Malaria in the Punjab - Number 46
Disease focus: Malaria
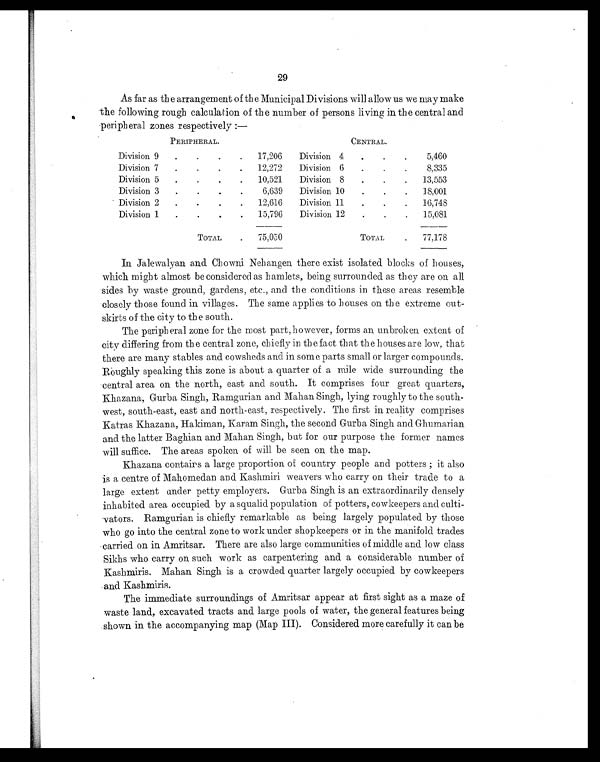
29
As far as the arrangement of the Municipal Divisions will allow us we may make
the following rough calculation of the number of persons living in the central and
peripheral zones respectively :—
PERIPHERAL.
CENTRAL.
Division 9
. .
.
.
17,206
Division 4
.
.
.
5,460
Division 7
. .
.
. 12,272
Division 6
.
.
.
8,335
Division 5
. .
.
. 10,521
Division 8
.
.
.
13,553
Division 3
. .
.
.
6 , 6 3 9 Division 10
.
.
.
18,001
Division 2
. .
.
.
12,616
Division 11
.
.
.
16,748
Division 1
.
.
.
.
15,796
Division 12
.
.
.
15,081
TOTAL
.
75,050
TOTAL
.
77,178
In Jalewalyan and Chowni Nehangen there exist isolated blocks of houses,
which might almost be considered as hamlets, being surrounded as they are on all
sides by waste ground, gardens, etc., and the conditions in those areas resemble
closely those found in villages. The same applies to houses on the extreme out-
skirts of the city to the south.
The peripheral zone for the most part, however, forms an unbroken extent of
city differing from the central zone, chiefly in the fact that the houses are low, that
there are many stables and cowsheds and in some parts small or larger compounds.
Roughly speaking this zone is about a quarter of a mile wide surrounding the
central area on the north, east and south. It comprises four great quarters,
Khazana, Gurba Singh, Ramgurian and Mahan Singh, lying roughly to the south-
west, south-east, east and north-east, respectively. The first in reality comprises
Katras Khazana, Hakiman, Karam Singh, the second Gurba Singh and Ghumarian
and the latter Baghian and Mahan Singh, but for our purpose the former names
will suffice. The areas spoken of will be seen on the map.
Khazana contains a large proportion of country people and potters ; it also
is a centre of Mahomedan and Kashmiri weavers who carry on their trade to a
large extent under petty employers. Gurba Singh is an extraordinarily densely
inhabited area occupied by a squalid population of potters, cowkeepers and culti-
vators. Ramgurian is chiefly remarkable as being largely populated by those
who go into the central zone to work under shopkeepers or in the manifold trades
carried on in Amritsar. There are also large communities of middle and low class
Sikhs who carry on such work as carpentering and a considerable number of
Kashmiris. Mahan Singh is a crowded quarter largely occupied by cowkeepers
and Kashmiris.
The immediate surroundings of Amritsar appear at first sight as a maze of
waste land, excavated tracts and large pools of water, the general features being
shown in the accompanying map (Map III). Considered more carefully it can be